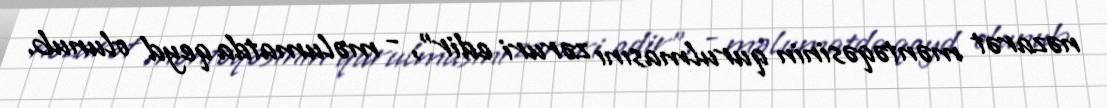
nəzarət məntəqəsinin qurulmasını zəruri edir”, - məlumatda qeyd olunub.